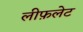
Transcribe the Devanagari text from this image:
लीफ़लेट